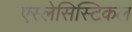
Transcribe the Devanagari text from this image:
एस्लेसिस्टिकल